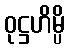
ဝုဋ္ဌဟိမ္ပိ